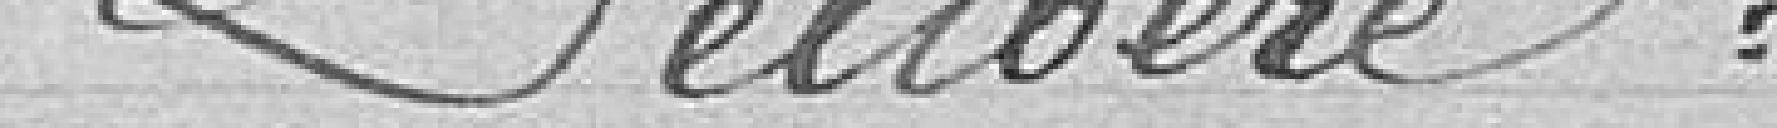
Délibère